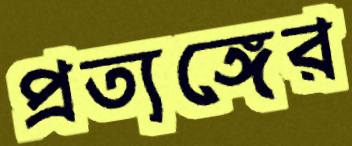
প্রত্যঙ্গের